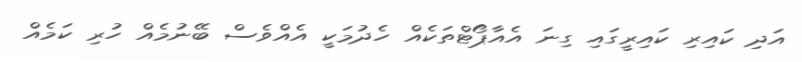
އަދި ކައިރި ކައިރީގައި ގިނަ އެއާޕޯޓްތަކެއް ހެދުމަކީ އެއްވެސް ބޭނުމެއް ހުރި ކަމެއް